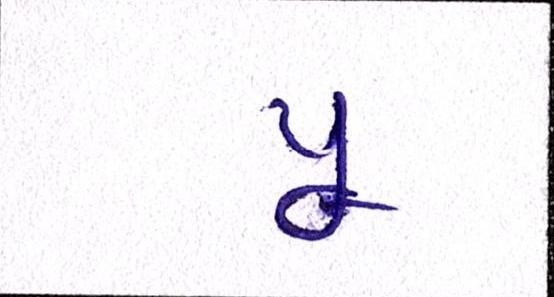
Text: પૂ